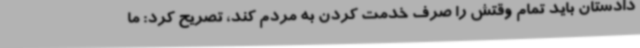
دادستان باید تمام وقتش را صرف خدمت کردن به مردم کند، تصریح کرد: ما